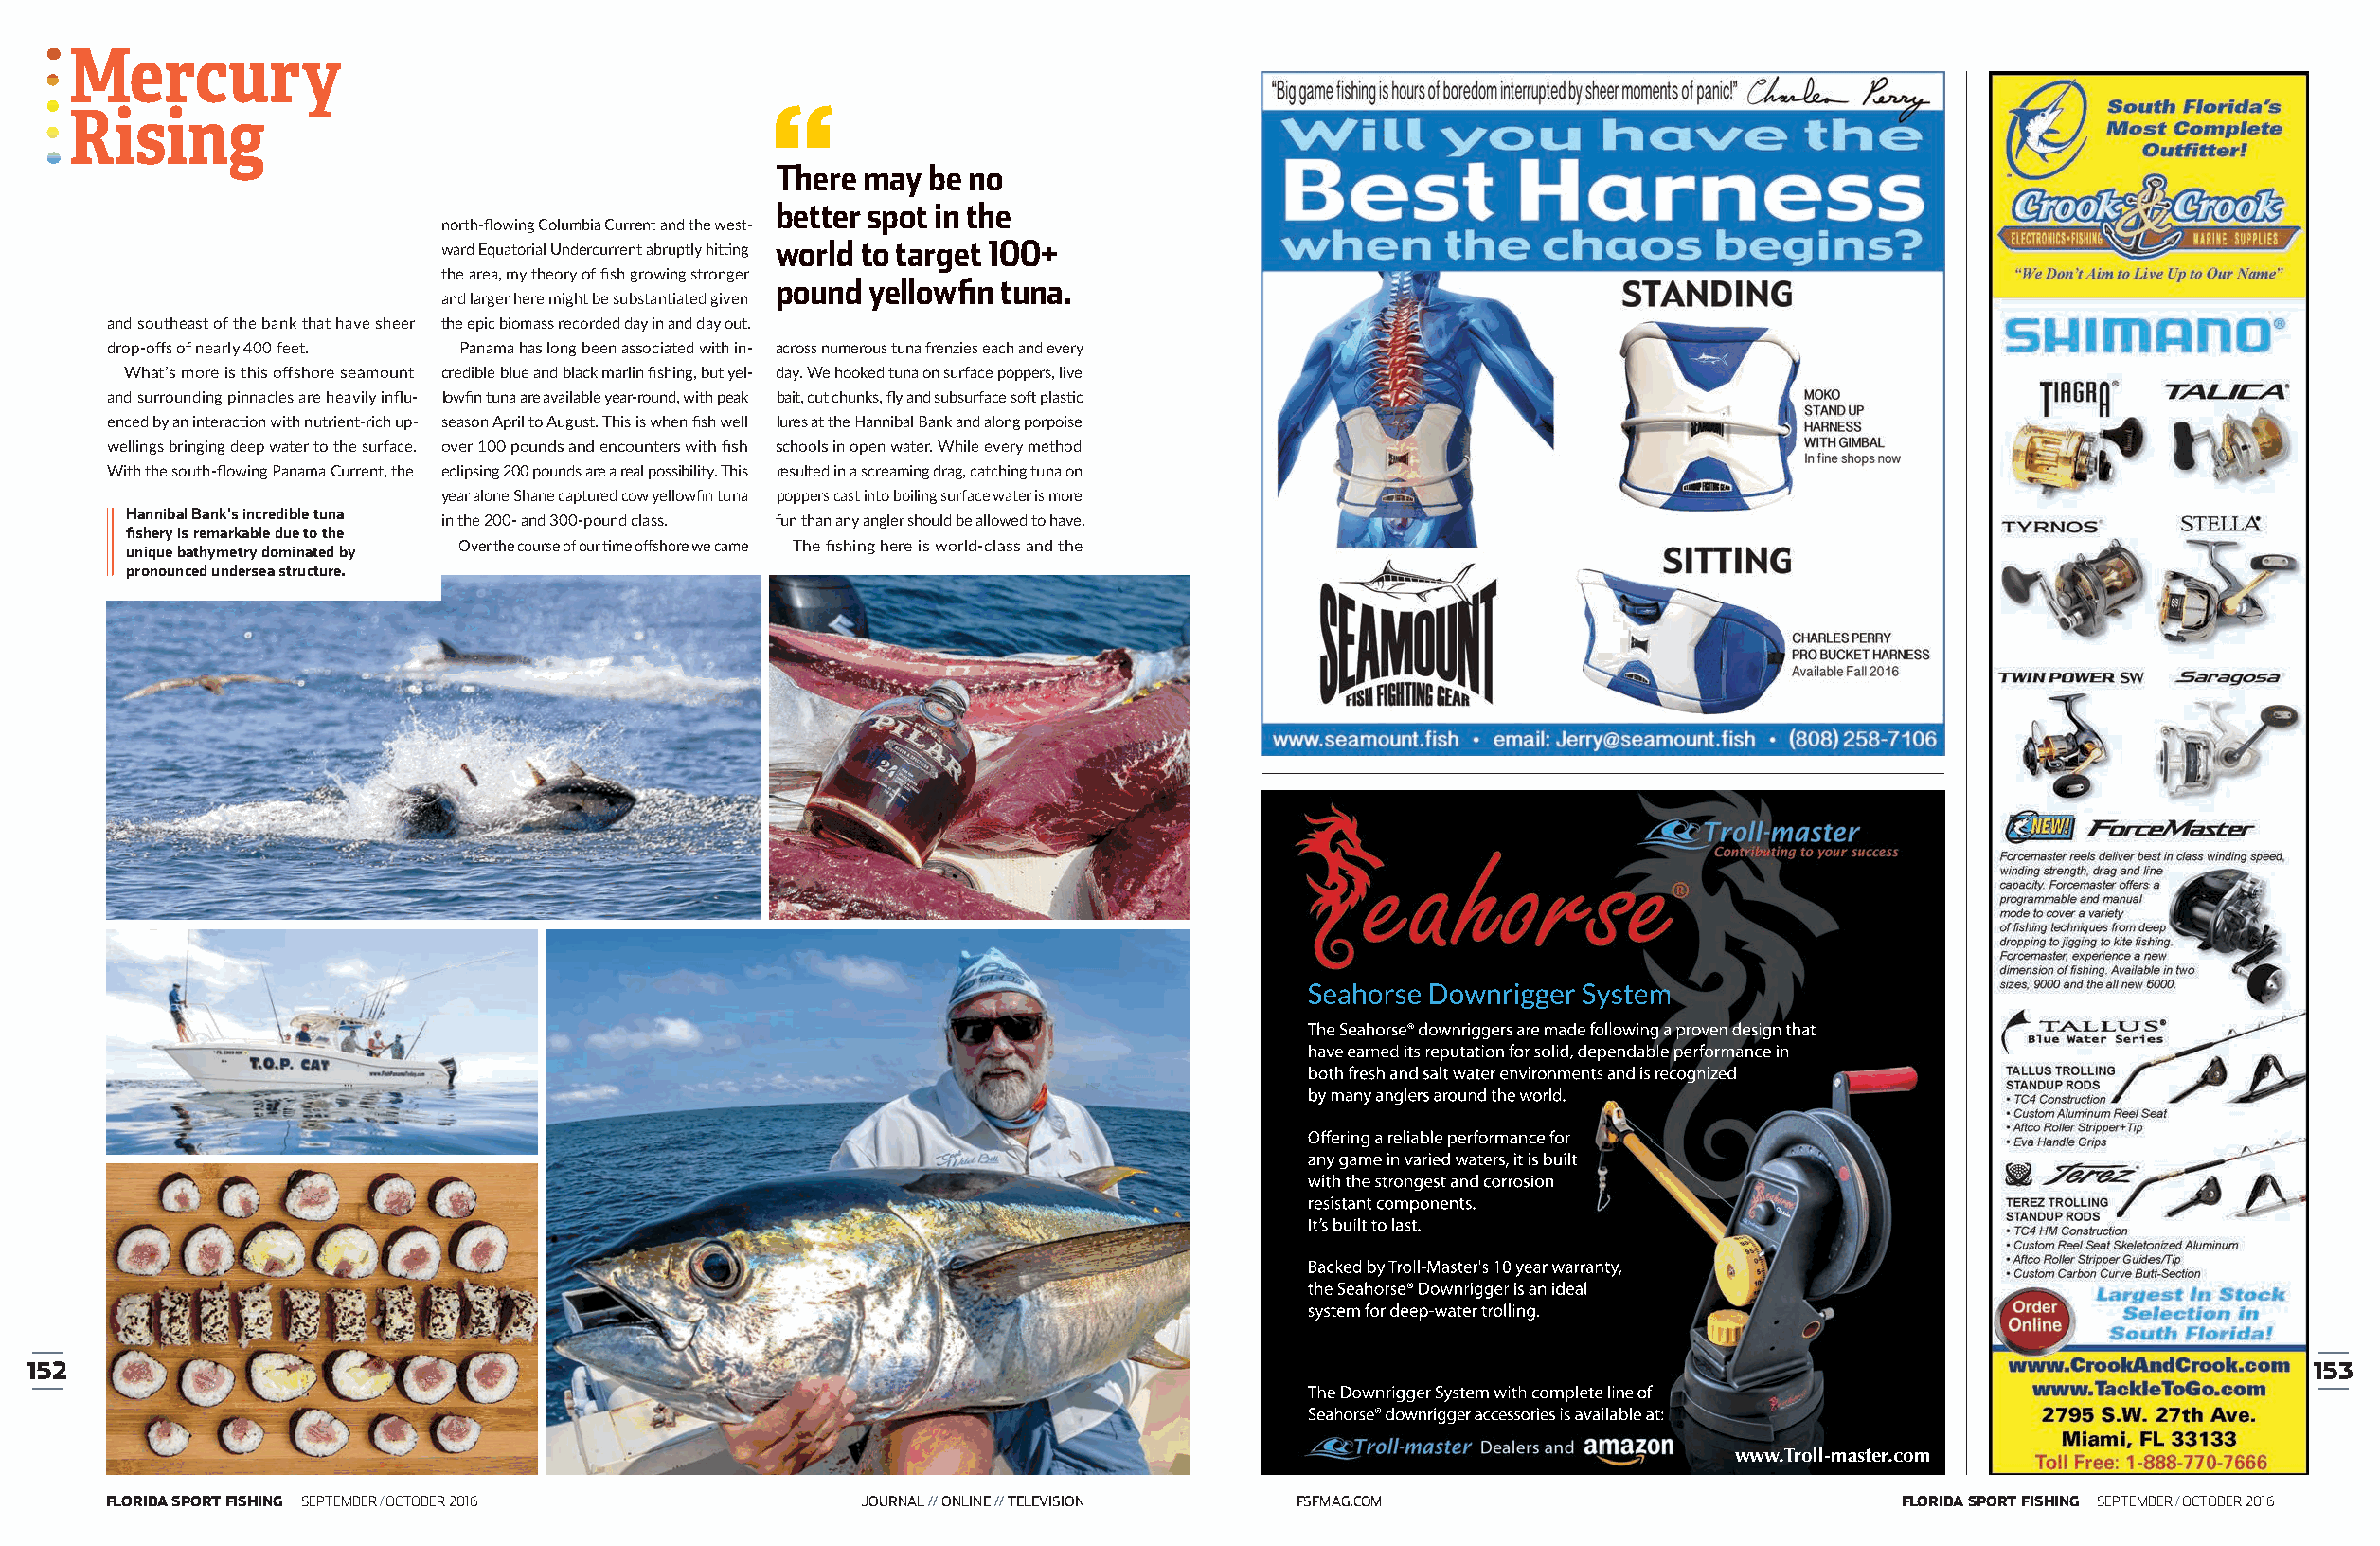
There may  be no
 better spot in the
 north-flowing Columbia Current and the west-
 ward Equatorial Undercurrent abruptly hitting world to target 100+
 the area, my theory of fish growing stronger
 pound  yellowfin tuna.
 and larger here might be substantiated given
 and southeast of the bank that have sheer the epic biomass recorded day in and day out.
 drop-offs of nearly 400 feet. Panama has long been associated with in- across numerous tuna frenzies each and every
 What’s more is this offshore seamount credible blue and black marlin fishing, but yel- day. We hooked tuna on surface poppers, live
 and surrounding pinnacles are heavily influ- lowfin tuna are available year-round, with peak bait, cut chunks, fly and subsurface soft plastic
 enced by an interaction with nutrient-rich up- season April to August. This is when fish well lures at the Hannibal Bank and along porpoise
 wellings bringing deep water to the surface. over 100 pounds and encounters with fish schools in open water. While every method
 With the south-flowing Panama Current, the eclipsing 200 pounds are a real possibility. This resulted in a screaming drag, catching tuna on
 year alone Shane captured cow yellowfin tuna poppers cast into boiling surface water is more
 Hannibal Bank's incredible tuna
 in the 200- and 300-pound class. fun than any angler should be allowed to have.
 fishery is remarkable due to the
 unique bathymetry dominated by Over the course of our time offshore we came The fishing here is world-class and the
 pronounced undersea structure.
 Seahorse Downrigger System
 The Seahorse® downriggers are made following a proven design that
 have earned its reputation for solid, dependable performance in
 both fresh and salt water environments and is recognized
 by many anglers around the world.
 Offering a reliable performance for
 any game in varied waters, it is built
 with the strongest and corrosion
 resistant components.
 It’s built to last.
 Backed by Troll-Master's 10 year warranty,
 the Seahorse® Downrigger is an ideal
 system for deep-water trolling.
 152                                                                                                                                                             153
 The Downrigger System with complete line of
 Seahorse® downrigger accessories is available at:
 www.Troll-master.com
 www.Troll-master.com
 FLORIDA SPORT FISHING SEPTEMBER / OCTOBER 2016       JOURNAL // ONLINE // TELEVISION FSFMAG.COM                               FLORIDA SPORT FISHING SEPTEMBER / OCTOBER 2016